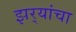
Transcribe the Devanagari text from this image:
झर्‍यांचा